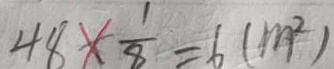
4 8 \times \frac { 1 } { 8 } = 6 ( m ^ { 2 } )